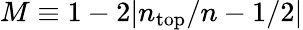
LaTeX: M\equiv 1-2|n_{\mathrm{top}}/n-1/2|